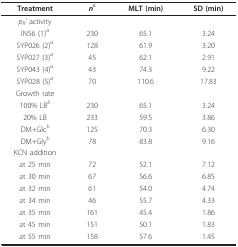
<table><thead><tr><td><b>Treatment</b></td><td><b><i>n</i><sup>c</sup></b></td><td><b>MLT (min)</b></td><td><b>SD (min)</b></td></tr></thead><tbody><tr><td><i>p</i><sub><i>R</i></sub><i>&#x27; </i>activity</td><td></td><td></td><td></td></tr><tr><td>IN56 (1)<sup><i>a</i></sup></td><td>230</td><td>65.1</td><td>3.24</td></tr><tr><td>SYP026 (2)<sup><i>a</i></sup></td><td>128</td><td>61.9</td><td>3.20</td></tr><tr><td>SYP027 (3)<sup><i>a</i></sup></td><td>45</td><td>62.1</td><td>2.91</td></tr><tr><td>SYP043 (4)<sup><i>a</i></sup></td><td>43</td><td>74.3</td><td>9.22</td></tr><tr><td>SYP028 (5)<sup><i>a</i></sup></td><td>70</td><td>110.6</td><td>17.83</td></tr><tr><td>Growth rate</td><td></td><td></td><td></td></tr><tr><td>100% LB<sup><i>b</i></sup></td><td>230</td><td>65.1</td><td>3.24</td></tr><tr><td>20% LB</td><td>233</td><td>59.5</td><td>3.86</td></tr><tr><td>DM+Glc<sup><i>b</i></sup></td><td>125</td><td>70.3</td><td>6.30</td></tr><tr><td>DM+Gly<sup><i>b</i></sup></td><td>78</td><td>83.8</td><td>9.16</td></tr><tr><td>KCN addition</td><td></td><td></td><td></td></tr><tr><td>at 25 min</td><td>72</td><td>52.1</td><td>7.12</td></tr><tr><td>at 30 min</td><td>67</td><td>56.6</td><td>6.85</td></tr><tr><td>at 32 min</td><td>61</td><td>54.0</td><td>4.74</td></tr><tr><td>at 34 min</td><td>46</td><td>55.7</td><td>4.33</td></tr><tr><td>at 35 min</td><td>161</td><td>45.4</td><td>1.86</td></tr><tr><td>at 45 min</td><td>151</td><td>50.1</td><td>1.83</td></tr><tr><td>at 55 min</td><td>158</td><td>57.6</td><td>1.45</td></tr></tbody></table>